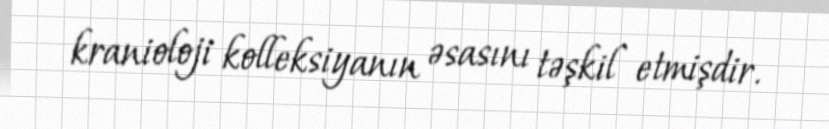
kranioloji kolleksiyanın əsasını təşkil etmişdir.